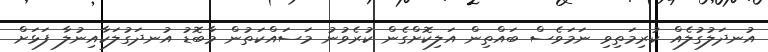
އުނދަލުގުލެއް ކުރިމަތިވި ނަމަވެސް ބައްތިން އަލިކޮށްގެން ކުރެވުނު މަސައްކަތުން މާބޮޑު އުނދަގުލަކާއިނުލާ ފަޅަށް